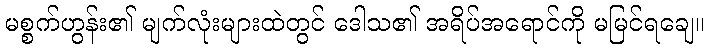
မစ္စက်ဟွန်း၏ မျက်လုံးများထဲတွင် ဒေါသ၏ အရိပ်အရောင်ကို မမြင်ရချေ။